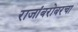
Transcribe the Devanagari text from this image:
राजांबरोबरचा